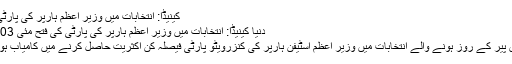
کینیڈا: انتخابات میں وزیر اعظم ہارپر کی پارٹی کی فتح
دنیا کینیڈا: انتخابات میں وزیر اعظم ہارپر کی پارٹی کی فتح مئی 03, 2011
کینیڈا میں پیر کے روز ہونے والے انتخابات میں وزیر اعظم اسٹیفن ہارپر کی کنزرویٹو پارٹی فیصلہ کن اکثریت حاصل کرنے میں کامیاب ہوگئی ہے۔